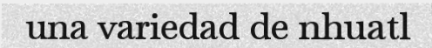
una variedad de nhuatl